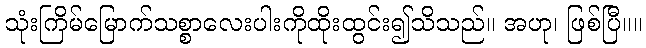
သုံးကြိမ်မြောက်သစ္စာလေးပါးကိုထိုးထွင်း၍သိသည်။ အဟု၊ ဖြစ်ပြီ။။